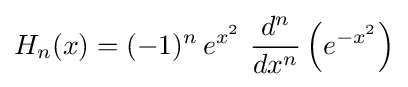
H_{n}(x)=(-1)^{n}\,e^{x^{2}}\ {\frac {d^{n}}{dx^{n}}}\left(e^{-x^{2}}\right)